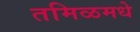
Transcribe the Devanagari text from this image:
तमिळमधे